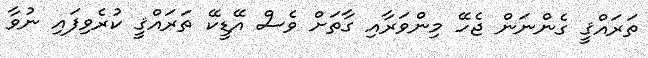
ތަރައްޤީ ގެންނަން ޖެހޭ މިންވަރާއި ގާތަށް ވެސް އޭޑީކޭ ތަރައްޤީ ކުރެވިފައި ނުވާ